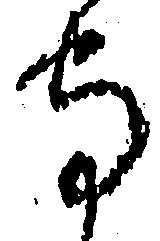
守